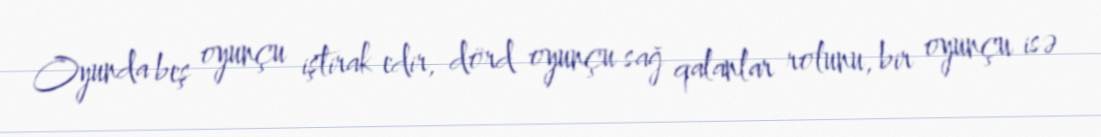
Oyunda beş oyunçu iştirak edir, dörd oyunçu sağ qalanlar rolunu, bir oyunçu isə